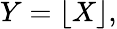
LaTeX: Y=\lfloor X\rfloor,